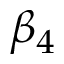
\beta _ { 4 }